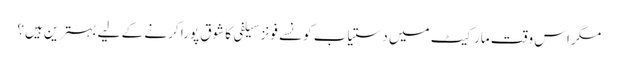
مگر اس وقت مارکیٹ میں دستیاب کونسے فونز سیلفی کا شوق پورا کرنے کے لیے بہترین ہیں؟